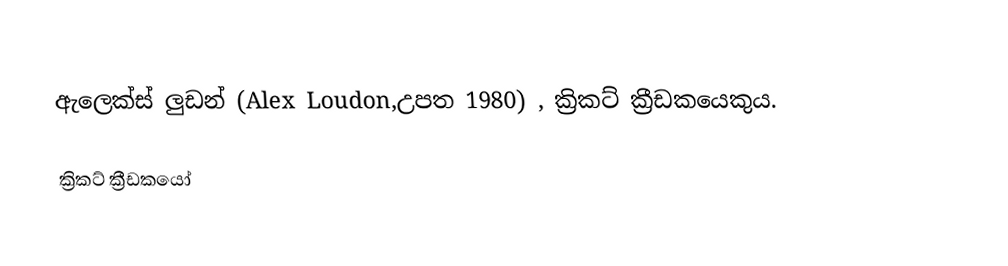
ඇලෙක්ස් ලුඩන් (Alex Loudon,උපත 1980) , ක්‍රිකට් ක්‍රීඩකයෙකුය.

ක්‍රිකට් ක්‍රීඩකයෝ